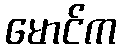
မောင်က